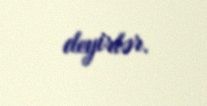
deyirlər.